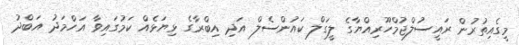
މީގެއިތުރުން ރައީސުލްޖުމްހޫރިއްޔާގެ ލީގަލް ކައުންސެލް އަދި އިބްރާގެ ޅިޔަޅެއް ކަމުގައިވާ އަހްމަދު އަބްދު